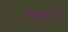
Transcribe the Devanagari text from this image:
मार्शलय